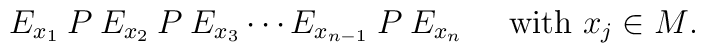
E_{x_1} \:P\: E_{x_2} \:P\: E_{x_3} \cdots E_{x_{n-1}} \:P\: E_{x_n} \;\;\;\;\;{\mbox{with $x_j \in M$.}}